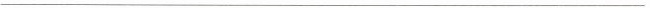
___